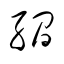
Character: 繝